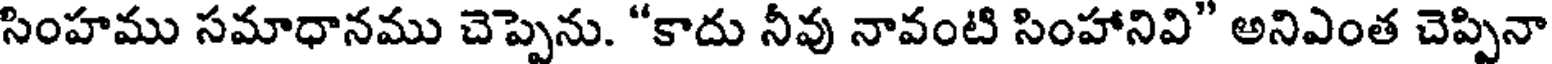
సింహము సమాధానము చెప్పెను. "కాదు నీవు నావంటి సింహానివి" అనిఎంత చెప్పినా